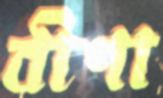
বীণা